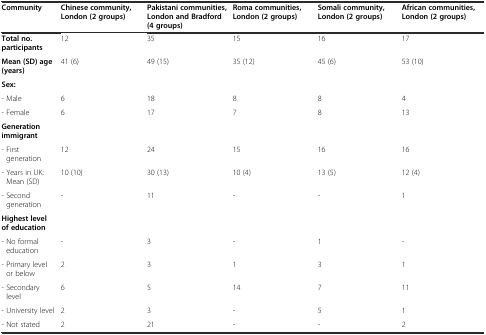
<table><thead><tr><td><b>Community</b></td><td><b>Chinese community, London (2 groups)</b></td><td><b>Pakistani communities, London and Bradford (4 groups)</b></td><td><b>Roma communities, London (2 groups)</b></td><td><b>Somali community, London (2 groups)</b></td><td><b>African communities, London (2 groups)</b></td></tr></thead><tbody><tr><td><b>Total no. participants</b></td><td>12</td><td>35</td><td>15</td><td>16</td><td>17</td></tr><tr><td><b>Mean (SD) age (years)</b></td><td>41 (6)</td><td>49 (15)</td><td>35 (12)</td><td>45 (6)</td><td>53 (10)</td></tr><tr><td><b>Sex:</b></td><td></td><td></td><td></td><td></td><td></td></tr><tr><td>- Male</td><td>6</td><td>18</td><td>8</td><td>8</td><td>4</td></tr><tr><td>- Female</td><td>6</td><td>17</td><td>7</td><td>8</td><td>13</td></tr><tr><td><b>Generation immigrant</b></td><td></td><td></td><td></td><td></td><td></td></tr><tr><td>- First generation</td><td>12</td><td>24</td><td>15</td><td>16</td><td>16</td></tr><tr><td>- Years in UK: Mean (SD)</td><td>10 (10)</td><td>30 (13)</td><td>10 (4)</td><td>13 (5)</td><td>12 (4)</td></tr><tr><td>- Second generation</td><td>-</td><td>11</td><td>-</td><td>-</td><td>1</td></tr><tr><td><b>Highest level of education</b></td><td></td><td></td><td></td><td></td><td></td></tr><tr><td>- No formal education</td><td>-</td><td>3</td><td>-</td><td>1</td><td>-</td></tr><tr><td>- Primary level or below</td><td>2</td><td>3</td><td>1</td><td>3</td><td>1</td></tr><tr><td>- Secondary level</td><td>6</td><td>5</td><td>14</td><td>7</td><td>11</td></tr><tr><td>- University level</td><td>2</td><td>3</td><td>-</td><td>5</td><td>1</td></tr><tr><td>- Not stated</td><td>2</td><td>21</td><td>-</td><td>-</td><td>2</td></tr></tbody></table>